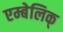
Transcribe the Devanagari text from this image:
एम्बेलिक्